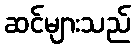
ဆင်များသည်